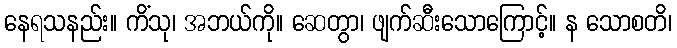
နေရသနည်း။ ကိံသု၊ အဘယ်ကို။ ဆေတွာ၊ ဖျက်ဆီးသောကြောင့်။ န သောစတိ၊